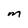
Character: M